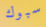
سبوك